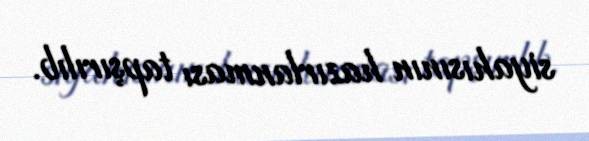
siyahısının hazırlanması tapşırılıb.